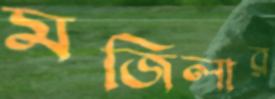
মজিলার